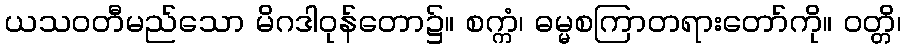
ယသဝတီမည်သော မိဂဒါဝုန်တော၌။ စက္ကံ၊ ဓမ္မစကြာတရားတော်ကို။ ဝတ္တိ၊